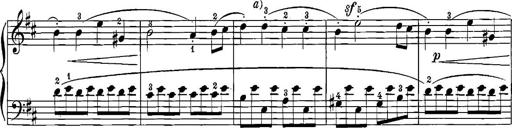
Title: 12 Sonatinas
Composer: Ignaz Pleyel